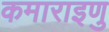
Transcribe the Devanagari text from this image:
कमाराइणु